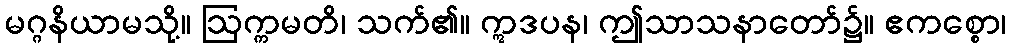
မဂ္ဂနိယာမသို့။ ဩက္ကမတိ၊ သက်၏။ ဣဒပန၊ ဤသာသနာတော်၌။ ဧကစ္စော၊